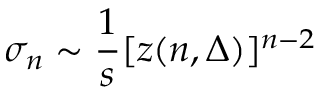
\sigma _ { n } \sim \frac { 1 } { s } [ z ( n , \Delta ) ] ^ { n - 2 }